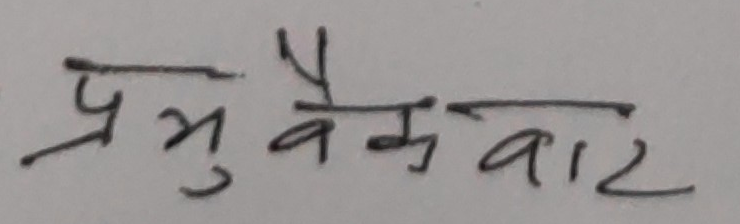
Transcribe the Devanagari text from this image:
प्रभु वैकवाट